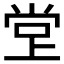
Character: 𫵁